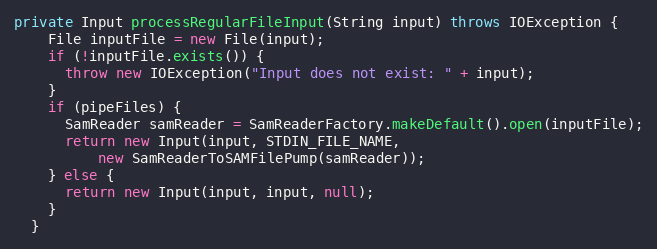
Language: Java
private Input processRegularFileInput(String input) throws IOException {
    File inputFile = new File(input);
    if (!inputFile.exists()) {
      throw new IOException("Input does not exist: " + input);
    }
    if (pipeFiles) {
      SamReader samReader = SamReaderFactory.makeDefault().open(inputFile);
      return new Input(input, STDIN_FILE_NAME,
          new SamReaderToSAMFilePump(samReader));
    } else {
      return new Input(input, input, null);
    }
  }